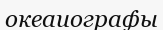
океаиографы